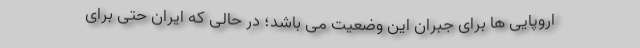
اروپایی ها برای جبران این وضعیت می باشد؛ در حالی که ایران حتی برای